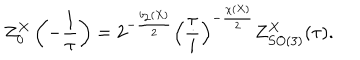
Z _ { 0 } ^ { X } \left( - \frac { 1 } { \tau } \right) = 2 ^ { - \frac { b _ { 2 } ( X ) } { 2 } } \left( \frac { \tau } { i } \right) ^ { - \frac { \chi ( X ) } { 2 } } Z _ { S O ( 3 ) } ^ { X } ( \tau ) .